Indian journal of veterinary science and animal husbandry - Volumes 18-21, 1948-1951
Year: 1948
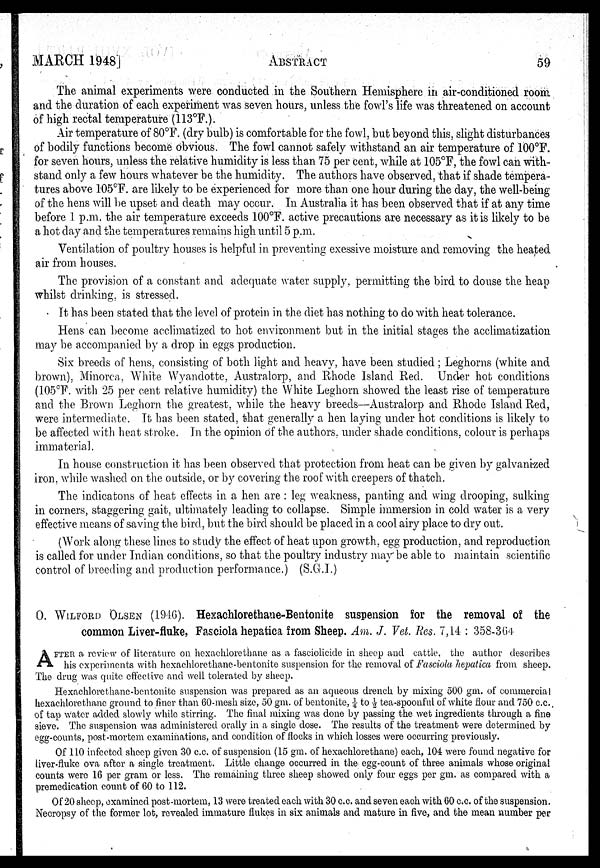
MARCH
1948]
ABSTRACT
59
The animal experiments were conducted in the Southern Hemisphere in air-conditioned room
and the duration of each experiment was seven hours, unless the fowl's life was threatened on account
of high rectal temperature (113°F.).
Air temperature of 80°F. (dry bulb) is comfortable for the fowl, but beyond this, slight disturbances
of bodily functions become obvious. The fowl cannot safely withstand an air temperature of 100°F.
for seven hours, unless the relative humidity is less than 75 per cent, while at 105°F, the fowl can with-
stand only a few hours whatever be the humidity. The authors have observed, that if shade tempera-
tures above 105°F. are likely to be experienced for more than one hour during the day, the well-being
of the hens will be upset and death may occur. In Australia it has been observed that if at any time
before 1 p.m. the air temperature exceeds 100°F. active precautions are necessary as it is likely to be
a hot day and the temperatures remains high until 5 p.m.
Ventilation of poultry houses is helpful in preventing exessive moisture and removing the heated
air from houses.
The provision of a constant and adequate water supply, permitting the bird to douse the heap
whilst drinking, is stressed.
It has been stated that the level of protein in the diet has nothing to do with heat tolerance.
Hens can become acclimatized to hot environment but in the initial stages the acclimatization
may be accompanied by a drop in eggs production.
Six breeds of hens, consisting of both light and heavy, have been studied ; Leghorns (white and
brown). Minorca. White Wyandotte, Australorp, and Rhode Island Red. Under hot conditions
(105°F. with 25 per cent relative humidity) the White Leghorn showed the least rise of temperature
and the Brown Leghorn the greatest, while the heavy breeds—Australorp and Rhode Island Red,
were intermediate. It has been stated, that generally a hen laying under hot conditions is likely to
be affected with heat stroke. In the opinion of the authors under shade conditions, colour is perhaps
immaterial.
In house construction it has been observed that protection from heat can be given by galvanized
iron, while washed on the outside, or by covering the roof with creepers of thatch.
The indicatons of heat effects in a hen are : leg weakness, panting and wing drooping, sulking
in corners, staggering gait, ultimately leading to collapse. Simple immersion in cold water is a very
effective means of saving the bird, but the bird should be placed in a cool airy place to dry out.
(Work along these lines to study the effect of heat upon growth, egg production, and reproduction
is called for under Indian conditions, so that the poultry industry may be able to maintain scientific
control of breeding and production performance.) (S.G.I.)
O. WILFORD OLSEN (1946). Hexachlorethaue-Bentonite suspension for the removal of the
common Liver-fluke, Fasciola hepatica from Sheep. Am. J. Vet. Res. 7, 14 : 358-364
A FTER a review of literature on hexachlorethane as a faseiolicide in sheep and cattle, the author describes
his experiments with hexachlorethane-bentonite suspension for the removal of Fasciola hepatica from sheep.
The drug was quite effective and well tolerated by sheep.
Hexachlorethane-bentonitc suspension was prepared as an aqueous drench by mixing 500 gm. of commercial
hexachlorethane ground to finer than 60-mesh size, 50 gm. of bentonite, ¼ to ½ tea-spoonful of white flour and 750 c.c.
of tap water added slowly while stirring. The final mixing was done by passing the wet ingredients through a fine
sieve. The suspension was administered orally in a single dose. The results of the treatment were determined by
egg-counts, post-mortem examinations, and condition of flocks in which losses were occurring previously.
Of 110 infected sheep given 30 c.c. of suspension (15 gm. of hexachlorethane) each, 104 were found negative for
liver-fluke ova after a single treatment. Little change occurred in the egg-count of three animals whose original
counts were 16 per gram or less. The remaining three sheep showed only four eggs per gm. as compared with a
premedication count of 60 to 112.
Of 20 sheep, examined post-mortem, 13 were treated each with 30 c.c. and seven each with 60 c.c. of the suspension.
Necropsy of the former lot, revealed immature flukes in six animals and mature in five, and the mean number per